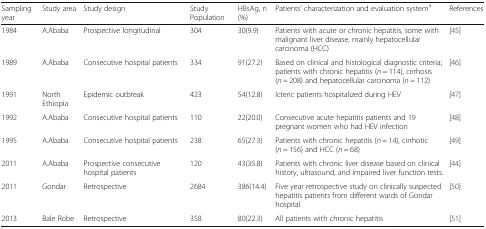
<table><thead><tr><td><b>Sampling year</b></td><td><b>Study area</b></td><td><b>Study design</b></td><td><b>Study Population</b></td><td><b>HBsAg, n (%)</b></td><td><b>Patients’ characterization and evaluation system<sup>a</sup></b></td><td><b>References</b></td></tr></thead><tbody><tr><td>1984</td><td>A.Ababa</td><td>Prospective longitudinal</td><td>304</td><td>30(9.9)</td><td>Patients with acute or chronic hepatitis, some with malignant liver disease, mainly hepatocellular carcinoma (HCC)</td><td>[45]</td></tr><tr><td>1989</td><td>A.Ababa</td><td>Consecutive hospital patients</td><td>334</td><td>91(27.2)</td><td>Based on clinical and histological diagnostic criteria; patients with chronic hepatitis (<i>n</i> = 114), cirrhosis (<i>n</i> = 208) and hepatocellular carcinoma (<i>n</i> = 112)</td><td>[46]</td></tr><tr><td>1991</td><td>North Ethiopia</td><td>Epidemic outbreak</td><td>423</td><td>54(12.8)</td><td>Icteric patients hospitalized during HEV</td><td>[47]</td></tr><tr><td>1992</td><td>A.Ababa</td><td>Consecutive hospital patients</td><td>110</td><td>22(20.0)</td><td>Consecutive acute hepatitis patients and 19 pregnant women who had HEV infection</td><td>[48]</td></tr><tr><td>1995</td><td>A.Ababa</td><td>Consecutive hospital patients</td><td>238</td><td>65(27.3)</td><td>Patients with chronic hepatitis (<i>n</i> = 14), cirrhotic (<i>n</i> = 156) and HCC (<i>n</i> = 68)</td><td>[49]</td></tr><tr><td>2011</td><td>A.Ababa</td><td>Prospective consecutive hospital patients</td><td>120</td><td>43(35.8)</td><td>Patients with chronic liver disease based on clinical history, ultrasound, and impaired liver function tests.</td><td>[44]</td></tr><tr><td>2011</td><td>Gondar</td><td>Retrospective</td><td>2684</td><td>386(14.4)</td><td>Five year retrospective study on clinically suspected hepatitis patients from different wards of Gondar hospital</td><td>[50]</td></tr><tr><td>2013</td><td>Bale Robe</td><td>Retrospective</td><td>358</td><td>80(22.3)</td><td>All patients with chronic hepatitis</td><td>[51]</td></tr></tbody></table>